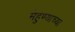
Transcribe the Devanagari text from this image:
मेहुण्याच्या